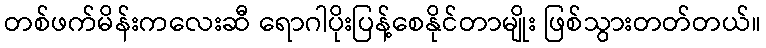
တစ်ဖက်မိန်းကလေးဆီ ရောဂါပိုးပြန့်စေနိုင်တာမျိုး ဖြစ်သွားတတ်တယ်။